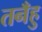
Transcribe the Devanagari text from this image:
तनँहु